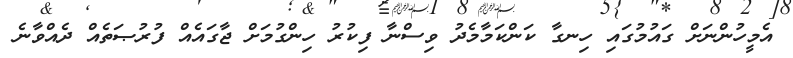
އެމީހުންނަށް ގައުމުގައި ހިނގާ ކަންކަމާމެދު ވިސްނާ ފިކުރު ހިންގުމަށް ޖާގައެއް ފުރުޞަތެއް ދެއްވާނެ